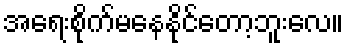
အရေးစိုက်မနေနိုင်တော့ဘူးလေ။